Annual report on the working of the lock hospitals in the North-Western Provinces and Oudh
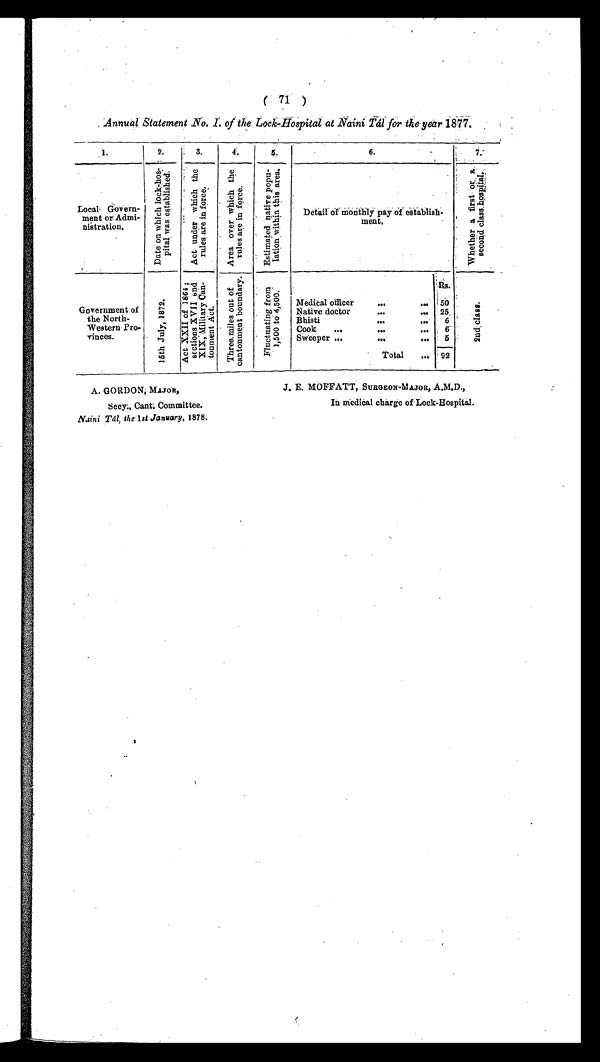
( 71 )
Annual Statement No. I. of the Lock-Hospital at Naini Tál for the year 1877.
1 .
2.
3.
4.
5.
6.
7 .
Local Govern-
ment or Admi-
nistration.
D a t e o n w h i c h l o c k - h o s p i t a l w a s e s t a b l i s h e d .
A c t u n d e r w h i c h t h e r u l e s a r e i n f o r c e .
A r e a o v e r w h i c h t h e r u l e s a r e i n f o r c e .
E s t i m a t e d n a t i v e p o p u l a t i o n w i t h i n t h i s a r e a .
Detail of monthly pay of establish-
ment.
w h e t h e r a f i r s t o r a s e c o n d c l a s s h o s p i t a l .
Government of
the North-
Pro-
Western P
rovinces.
1 5 t h J u l y , 1 8 7 2 . A c t X X I I o f 1 8 6 4 ; s e c t i o n s X V I I a n d X I X , M i l i t a r y c a n t o n m e n t A c t .
T h r e e m i l e s o u t o f c a n t o n m e n t b o u n d a r y .
F l u c t u a t i n g f r o m 1 , 5 0 0 t o 4 , 5 0 0 .
R s .
2 n d c l a s s .
Medical officer
. . .
. . . 50
Native doctor
...
. . . 25
Bhisti
...
. . . 6
Cook ...
...
. . . 6
Sweeper ...
...
. . . 5
Total ... 92
A. GORDON; MAJoR,
Secy., Cant. Committee.
Naini Tál, the 1st January, 1878.
J. E. MOFFATT, SURGEON-MAJOR, A.M.D.,
In medical charge of Lock-Hospital.